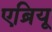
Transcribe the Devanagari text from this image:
एब्रियू